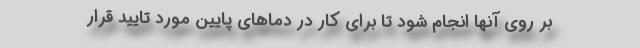
بر روی آنها انجام شود تا برای کار در دماهای پایین مورد تایید قرار